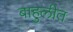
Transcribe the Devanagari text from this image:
बाहुलीत